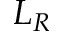
L _ { R }